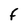
Character: F